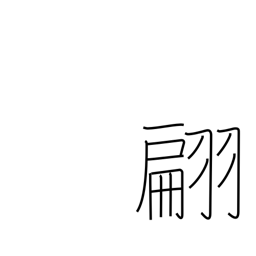
Meaning: fluttering of flag